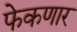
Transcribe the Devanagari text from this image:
फेकणार